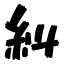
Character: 糾